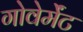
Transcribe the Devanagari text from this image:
गोवेर्मेंट